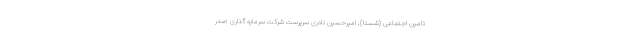
تامین اجتماعی (شستا)، امیرحسین نادری سرپرست شرکت سرمایه گذاری صدر